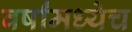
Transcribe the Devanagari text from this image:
वर्षांमध्येच